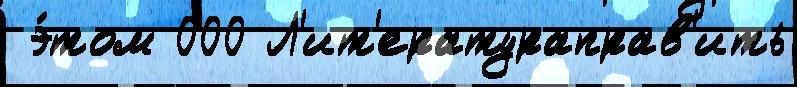
 э́том 000 Л'ит'ератураправ'ить